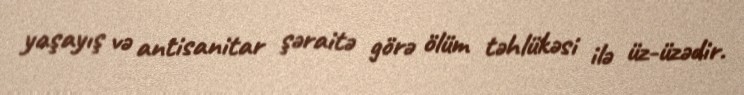
yaşayış və antisanitar şəraitə görə ölüm təhlükəsi ilə üz-üzədir.